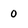
Character: 0